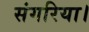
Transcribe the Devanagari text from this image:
संगरिया।